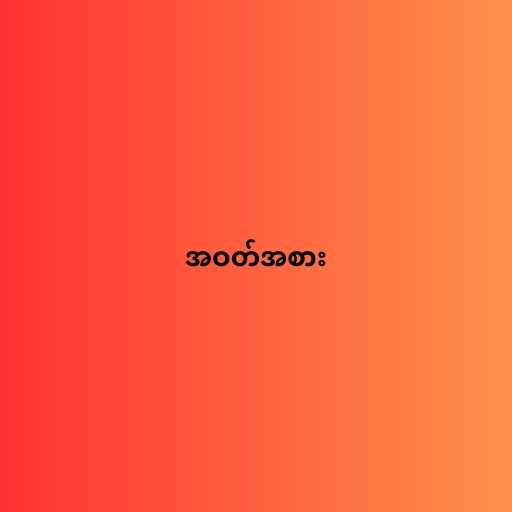
အဝတ်အစား